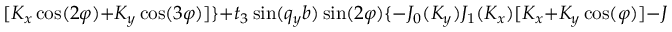
[ K _ { x } \cos ( 2 \varphi ) + K _ { y } \cos ( 3 \varphi ) ] \} + t _ { 3 } \sin ( q _ { y } b ) \sin ( 2 \varphi ) \{ - J _ { 0 } ( K _ { y } ) J _ { 1 } ( K _ { x } ) [ K _ { x } + K _ { y } \cos ( \varphi ) ] - J _ { 1 } ( K _ { y } ) J _ { 2 } ( K _ { x } )